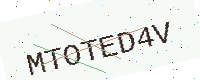
Text: MTOTED4V